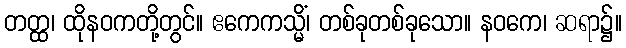
တတ္ထ၊ ထိုနဝကတို့တွင်။ ဧကေကသ္မိံ၊ တစ်ခုတစ်ခုသော။ နဝကေ၊ ဆရာ၌။